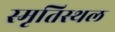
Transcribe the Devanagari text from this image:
स्मृतिस्थल